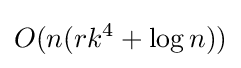
O(n(rk^{4}+\log {n}))